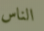
الناس